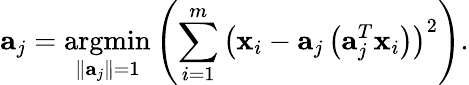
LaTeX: {\mathbf{a}}_{j}=\underset{\left\| {\mathbf{a}}_{j}\right\| =1}{\operatorname{argmin}}\left(\sum_{i=1}^{m}\left({\mathbf{x}}_{i}-{\mathbf{a}}_{j}\left({\mathbf{a}}_{j}^{T}{\mathbf{x}}_{i}\right)\right)^{2}\right).